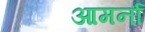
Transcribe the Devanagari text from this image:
आमर्ना